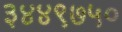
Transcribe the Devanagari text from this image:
३४४९७५०